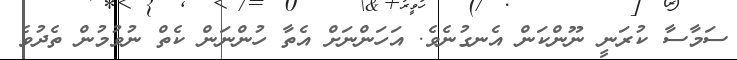
ސަމާސާ ކުރަނީ ނޫންކަން އެނގުނެވެ. އަހަންނަށް އެތާ ހުންނަަން ކެތް ނުވުމުން ތެދުވެ